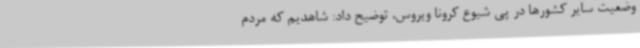
وضعیت سایر کشورها در پی شیوع کرونا ویروس، توضیح داد: شاهدیم که مردم